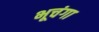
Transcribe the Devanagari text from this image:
भूचंगा